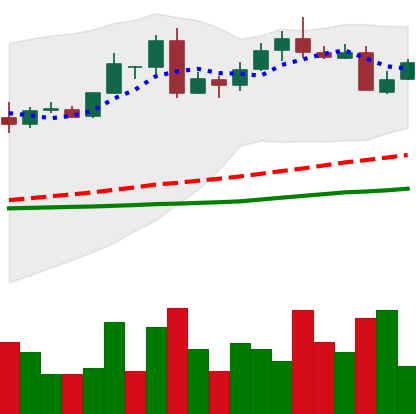
Ticker: LTC-USD
Chart end date: 2016-05-21
Forward return: 3.236%
Label: up_3_5